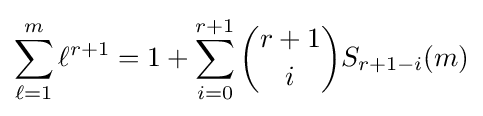
\sum _{\ell =1}^{m}\ell ^{r+1}=1+\sum _{i=0}^{r+1}{\binom {r+1}{i}}S_{r+1-i}(m)